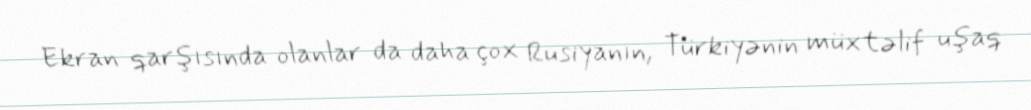
Ekran qarşısında olanlar da daha çox Rusiyanın, Türkiyənin müxtəlif uşaq